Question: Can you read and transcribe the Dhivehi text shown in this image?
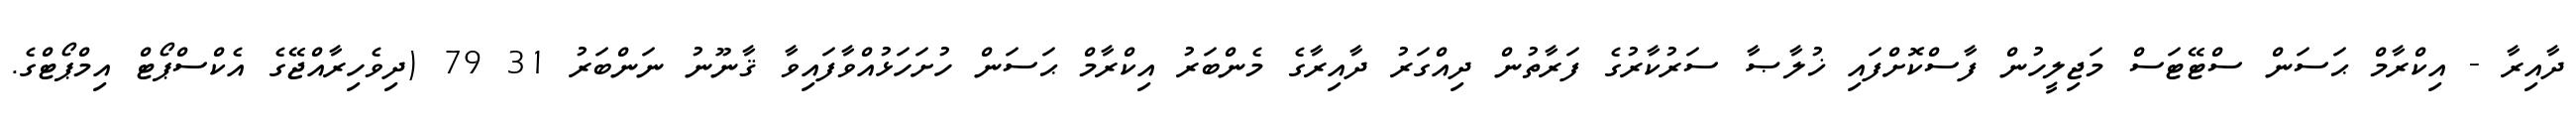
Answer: ދާއިރާ - އިކްރާމް ޙަސަން ސްޓޭޓަސް މަޖިލީހުން ފާސްކޮށްފައި ޚުލާޞާ ސަރުކާރުގެ ފަރާތުން ދިއްގަރު ދާއިރާގެ މެންބަރު އިކްރާމް ޙަސަން ހުށަހަޅުއްވާފައިވާ ޤާނޫނު ނަންބަރު 31 79 (ދިވެހިރާއްޖޭގެ އެކްސްޕޯޓް އިމްޕޯޓްގެ.